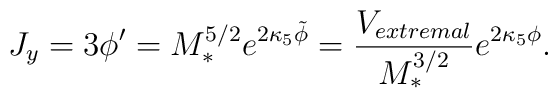
J_y = 3 \phi' = M_*^{5/2} e^{2\kappa_5 \tilde \phi} =\frac{V_{extremal}}{M_*^{3/2}} e^{2\kappa_5 \phi}.